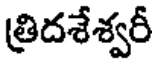
త్రిదశేశ్వరీ